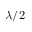
\lambda / 2